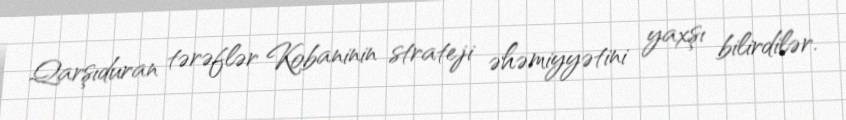
Qarşıduran tərəflər Kobaninin strateji əhəmiyyətini yaxşı bilirdilər.